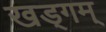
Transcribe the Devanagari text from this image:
खड्गम्